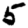
Digit: 5